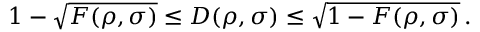
1 - { \sqrt { F ( \rho , \sigma ) } } \leq D ( \rho , \sigma ) \leq { \sqrt { 1 - F ( \rho , \sigma ) } } \, .